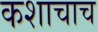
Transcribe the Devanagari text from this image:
कशाचाच